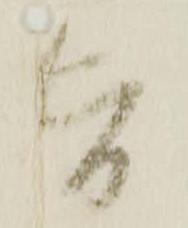
旨